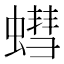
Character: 𮔷